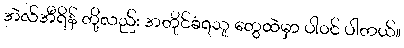
အဲလ်အီရိန် တို့လည်း အတိုင်ခံရသူ တွေထဲမှာ ပါဝင် ပါတယ်။